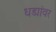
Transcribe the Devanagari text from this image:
धड्यांवर